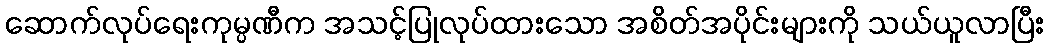
ဆောက်လုပ်ရေးကုမ္ပဏီက အသင့်ပြုလုပ်ထားသော အစိတ်အပိုင်းများကို သယ်ယူလာပြီး